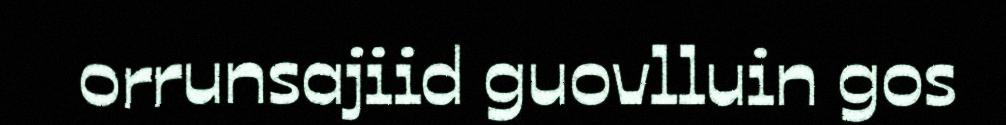
orrunsajiid guovlluin gos